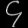
Digit: ၄